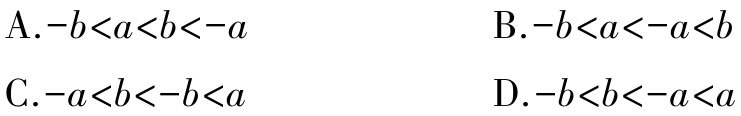
A.$-b < a < b < -a$

B.$-b < a < -a < b$

C.$-a < b < -b < a$

D.$-b < b < -a < a$